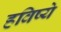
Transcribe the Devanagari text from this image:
हविष्ये